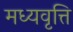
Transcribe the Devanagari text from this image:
मध्यवृत्ति